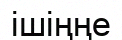
ішіңңе